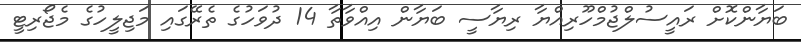
ބަޔާންކޮށް ރައީސުލްޖުމްހޫރިއްޔާ ރިޔާސީ ބަޔާން އިއްވާތާ 14 ދުވަހުގެ ތެރޭގައި މަޖިލީހުގެ މެޖޯރިޓީ